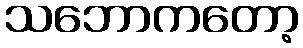
သဘောကတော့